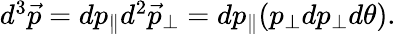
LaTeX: \begin{array}{r}{d^{3}{\vec{p}}=dp_{\parallel}d^{2}{\vec{p}_{\perp}}=dp_{\parallel}(p_{\perp}dp_{\perp}d\theta).}\end{array}